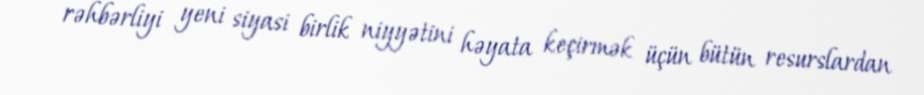
rəhbərliyi yeni siyasi birlik niyyətini həyata keçirmək üçün bütün resurslardan